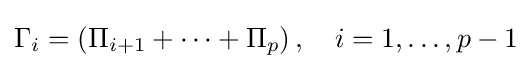
\Gamma _{i}=\left(\Pi _{i+1}+\cdots +\Pi _{p}\right),\quad i=1,\dots ,p-1